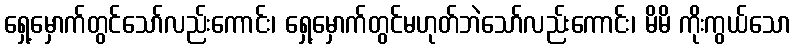
ရှေ့မှောက်တွင်သော်လည်းကောင်း၊ ရှေ့မှောက်တွင်မဟုတ်ဘဲသော်လည်းကောင်း၊ မိမိ ကိုးကွယ်သော